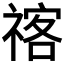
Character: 𥚰